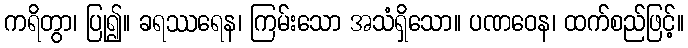
ကရိတွာ၊ ပြု၍။ ခရဿရေန၊ ကြမ်းသော အသံရှိသော။ ပဏဝေန၊ ထက်စည်ဖြင့်။